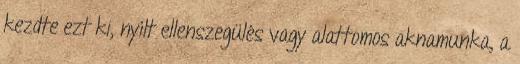
kezdte ezt ki, nyílt ellenszegülés vagy alattomos aknamunka, a